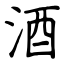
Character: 酒